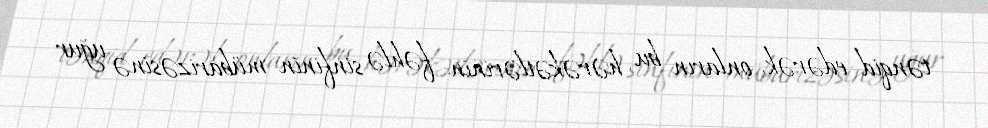
tənqid edərək, onların bu hərəkətlərinin fəhlə sinfinin mübarizəsinə uğur